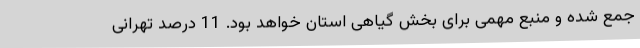
جمع شده و منبع مهمی برای بخش گیاهی استان خواهد بود. 11 درصد تهرانی